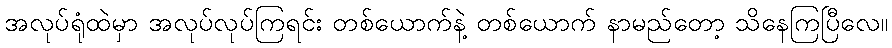
အလုပ်ရုံထဲမှာ အလုပ်လုပ်ကြရင်း တစ်ယောက်နဲ့ တစ်ယောက် နာမည်တော့ သိနေကြပြီလေ။